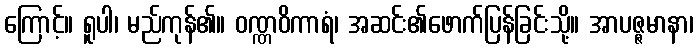
ကြောင့်။ ရူပါ၊ မည်ကုန်၏။ ဝဏ္ဏဝိကာရံ၊ အဆင်း၏ဖောက်ပြန်ခြင်းသို့။ အာပဇ္ဇမာနာ၊